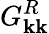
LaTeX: G_{\mathbf{k}\mathbf{k}}^{R}